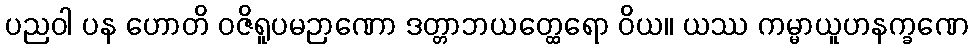
ပညဝါ ပန ဟောတိ ဝဇိရူပမဉာဏော ဒတ္တာဘယတ္ထေရော ဝိယ။ ယဿ ကမ္မာယူဟနက္ခဏေ